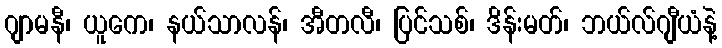
ဂျာမနီ၊ ယူကေ၊ နယ်သာလန်၊ အီတလီ၊ ပြင်သစ်၊ ဒိန်းမတ်၊ ဘယ်လ်ဂျီယံနဲ့